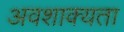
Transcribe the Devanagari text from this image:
अवशाक्यता